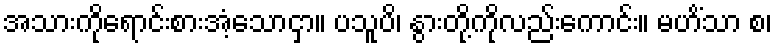
အသားကိုရောင်းစားအံ့သောငှာ။ ပသူပိ၊ နွားတို့ကိုလည်းကောင်း။ မဟိံသာ စ၊